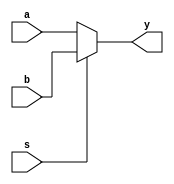
module MUX_2in_Nbit #(parameter N = 5) (a,b,s,y);   

input [N-1:0]a;
input [N-1:0]b;

input wire s;

output [N-1:0]y;   // Y = (s_bar AND a ) OR (s AND b ) = Y_r OR Y_l



assign y = s?b:a;  



endmodule